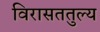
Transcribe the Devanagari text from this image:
विरासततुल्य